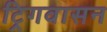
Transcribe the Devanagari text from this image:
ट्रिगवासन